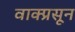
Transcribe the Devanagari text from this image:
वाक्प्रसून